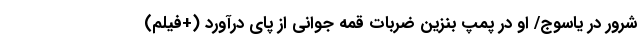
شرور در یاسوج/ او در پمپ بنزین ضربات قمه جوانی از پای درآورد (+فیلم)